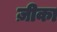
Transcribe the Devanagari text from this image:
ज़ीका